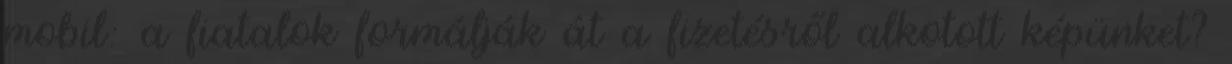
mobil: a fiatalok formálják át a fizetésről alkotott képünket?